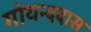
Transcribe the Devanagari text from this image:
गोयन्ददास